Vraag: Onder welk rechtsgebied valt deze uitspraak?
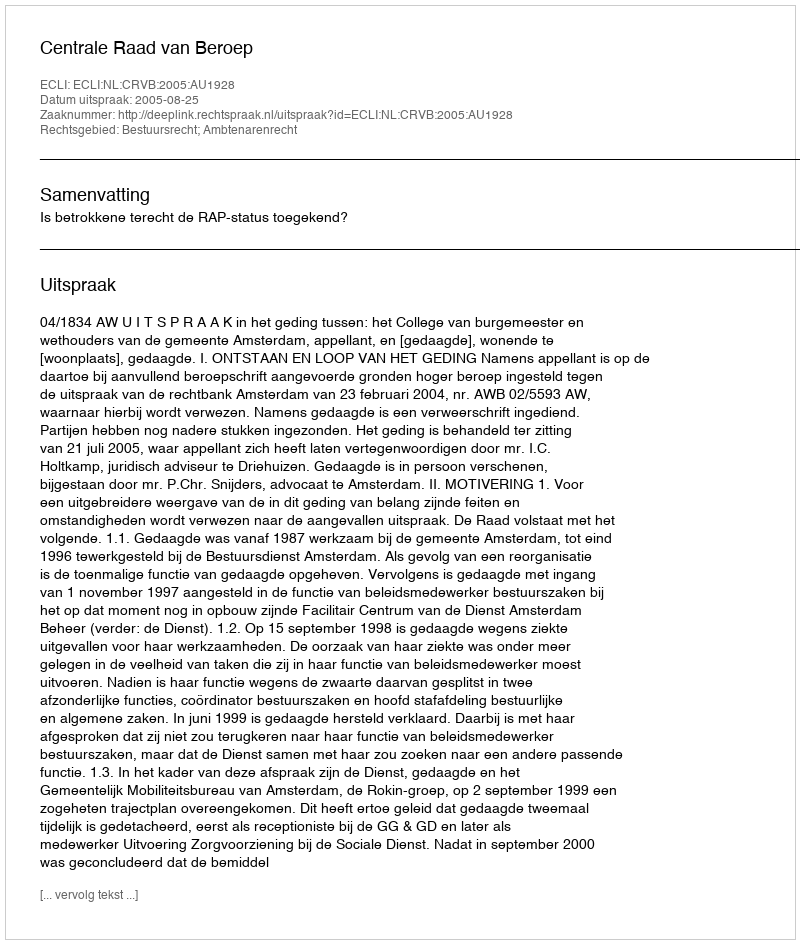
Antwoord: Bestuursrecht; Ambtenarenrecht